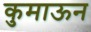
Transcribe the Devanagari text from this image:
कुमाऊन